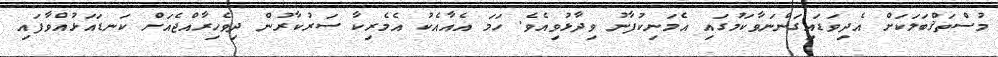
މުސްތަޤްބަލަކަށް އެދިވަޑައިގަންނަވާކަމުގައި އެމަނިކުފާނު ވިދާޅުވިއެވެ. ހަމަ އެއާއެކު އެމެރިކާ ސަރުކާރުން ދިވެހިރާއްޖެއަށް ކަނޑައަޅުއްވާފައި